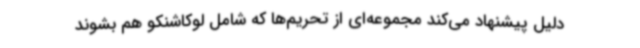
دلیل پیشنهاد می‌کند مجموعه‌ای از تحریم‌ها که شامل لوکاشنکو هم بشوند